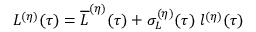
\begin{array} { r } { L ^ { ( \eta ) } ( \tau ) = \overline { { L } } ^ { ( \eta ) } ( \tau ) + \sigma _ { L } ^ { ( \eta ) } ( \tau ) \; l ^ { ( \eta ) } ( \tau ) } \end{array}